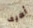
أضيف